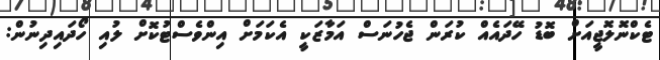
ޓެކްނޮލޮޖީއަށް ބޮޑު ހޭދައެއް ކުރަން ޖެހުނަސް އަމާޒަކީ އެކަމަށް އިންވެސްޓުކޮށް ލުއި ހޯދައިދިނުން: